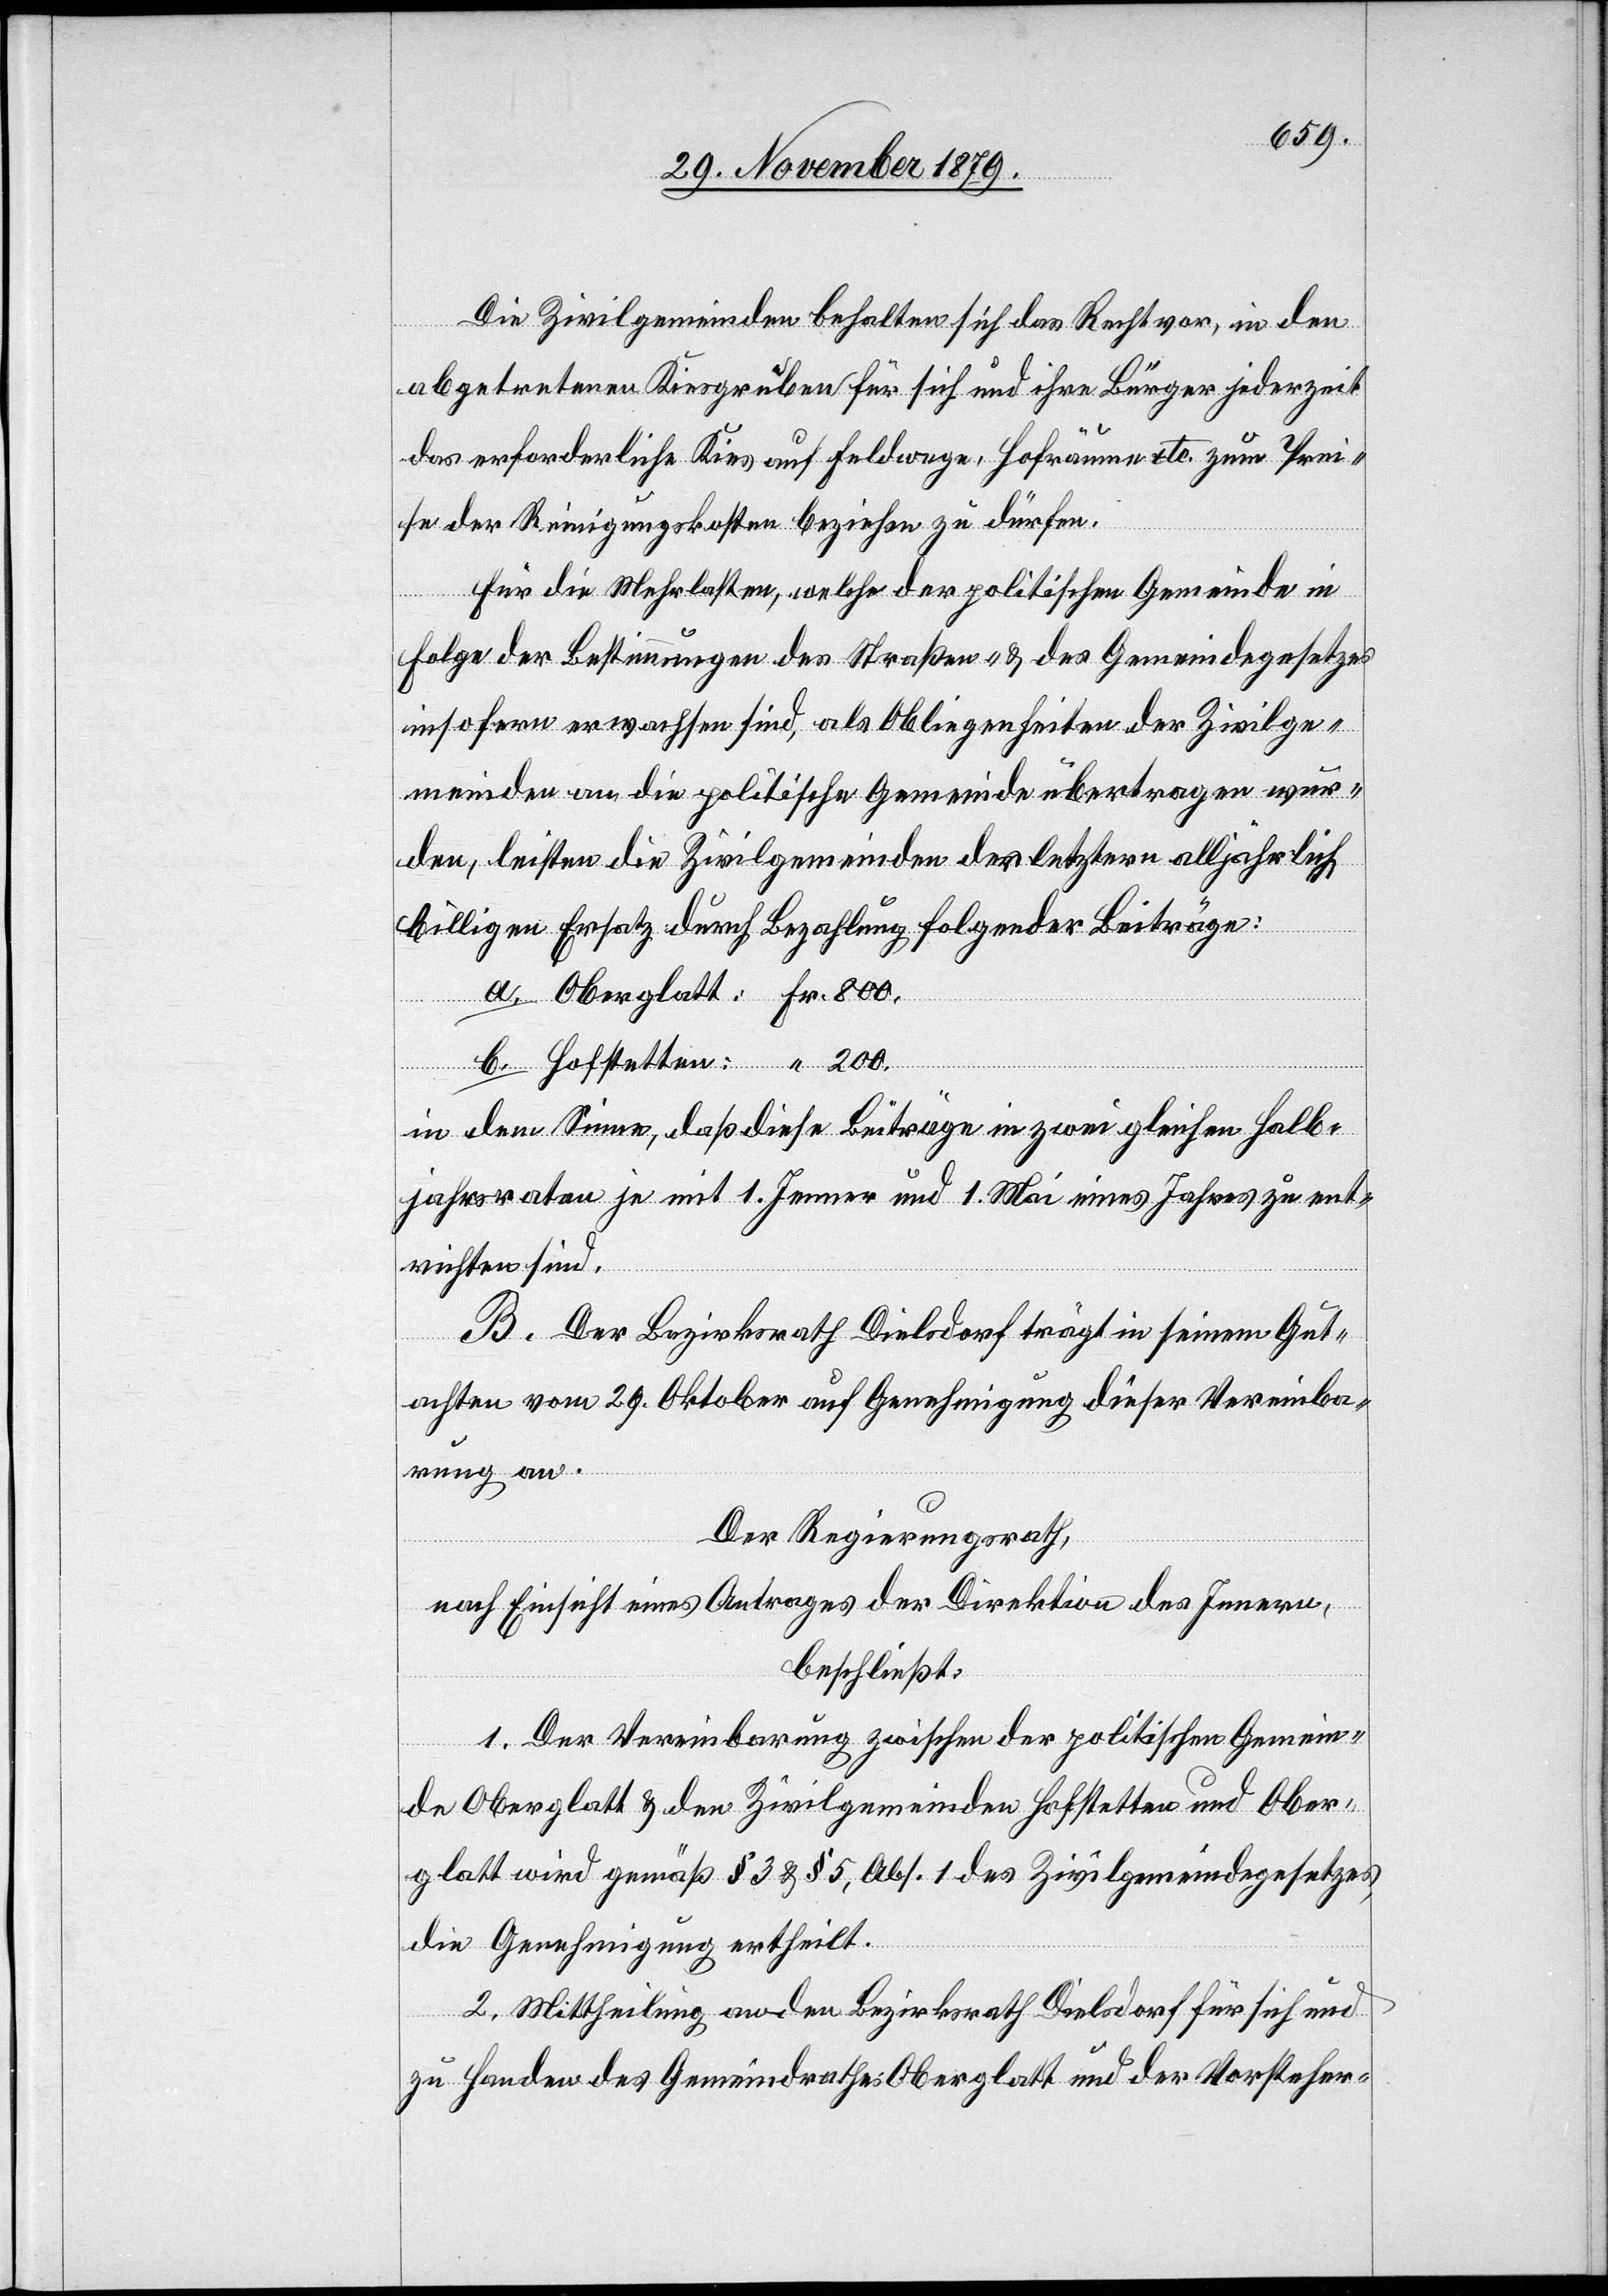
Die Zivilgemeinden behalten sich das Recht vor, in den
abgetretenen Kiesgruben für sich und ihre Bürger jederzeit
das erforderliche Kies auf Feldwege, Hofräumen etc. zum Prei¬
se der Reinigungskosten beziehen zu dürfen.
Für die Mehrkosten, welche der politischen Gemeinde in
Folge der Bestimmungen des Straßen- & des Gemeindegesetzes
insofern erwachsen sind, als Obliegenheiten der Zivilge¬
meinden an die politische Gemeinde übertragen wur¬
den, leisten die Zivilgemeinden der letztern alljährlich
billigen Ersatz durch Bezahlung folgender Beiträge:
Fr.
in dem Sinne, daß diese Beiträge in zwei gleichen Halb¬
jahresraten je mit 1. Jenner und 1. Mai eines Jahres zu ent¬
richten sind.
B. Der Bezirksrath Dielsdorf trägt in seinem Gut¬
achten vom 29. Oktober auf Genehmigung dieser Vereinba¬
rung an.
Der Regierungsrath,
nach Einsicht eines Antrages der Direktion des Innern,
beschließt:
1. Der Vereinbarung zwischen der politischen Gemein¬
de Oberglatt & den Zivilgemeinden Hofstetten und Ober¬
glatt wird gemäß § 3 & § 5, Abs. 1 des Zivilgemeindegesetzes
die Genehmigung ertheilt.
2. Mittheilung an den Bezirksrath Dielsdorf für sich und
zu Handen des Gemeindrathes Oberglatt und der Vorsteher-